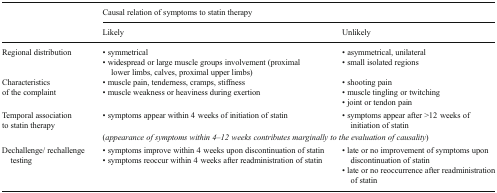
<table><thead><tr><td></td><td colspan="2"><b>Causal relation of symptoms to statin therapy</b></td></tr><tr><td></td><td><b>Likely</b></td><td><b>Unlikely</b></td></tr></thead><tbody><tr><td>Regional distribution</td><td>• symmetrical• widespread or large muscle groups involvement (proximal lower limbs, calves, proximal upper limbs)</td><td>• asymmetrical, unilateral• small isolated regions</td></tr><tr><td>Characteristicsof the complaint</td><td>• muscle pain, tenderness, cramps, stiffness• muscle weakness or heaviness during exertion</td><td>• shooting pain• muscle tingling or twitching• joint or tendon pain</td></tr><tr><td>Temporal associationto statin therapy</td><td>• symptoms appear within 4 weeks of initiation of statin</td><td>• symptoms appear after &gt;12 weeks of initiation of statin</td></tr><tr><td></td><td colspan="2">(<i>appearance of symptoms within 4</i>–<i>12 weeks contributes marginally to the evaluation of causality</i>)</td></tr><tr><td>Dechallenge/ rechallenge testing</td><td>• symptoms improve within 4 weeks upon discontinuation of statin• symptoms reoccur within 4 weeks after readministration of statin</td><td>• late or no improvement of symptoms upon discontinuation of statin• late or no reoccurrence after readministration of statin</td></tr></tbody></table>